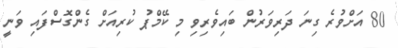
80 އަށްވުރެ ގިނަ ދަރިވަރުން ބައިވެރިވި މި ކޭމްޕު ކުރިއަށް ގެންގޮސްފައި ވަނީ